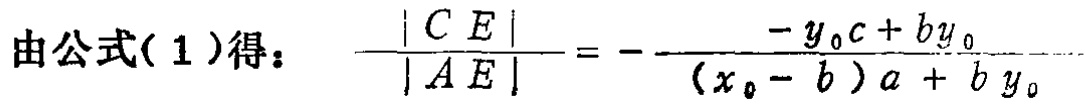
由公式(1)得： \(\frac{|CE|}{|AE|}=-\frac{-y_{0}c + by_{0}}{(x_{0}-b)a + by_{0}}\)